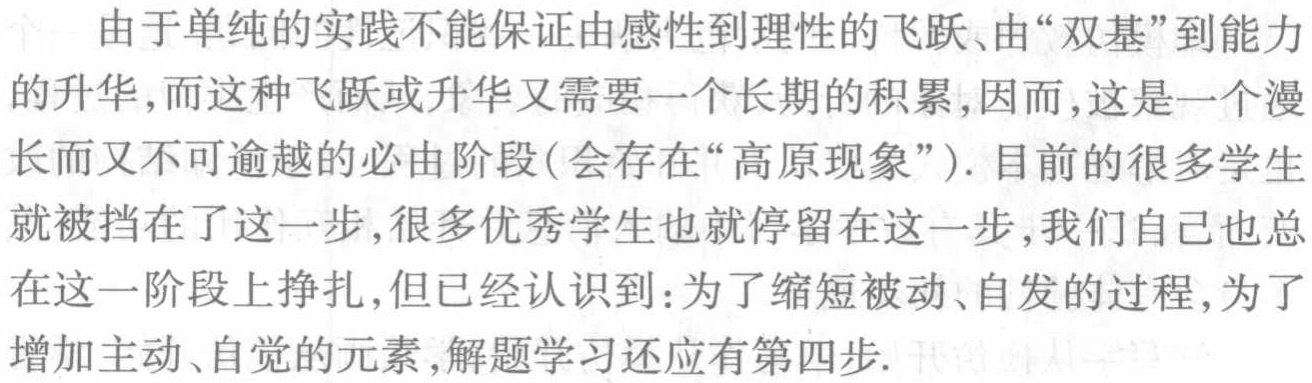
由于单纯的实践不能保证由感性到理性的飞跃、由“双基”到能力

的升华,而这种飞跃或升华又需要一个长期的积累,因而,这是一个漫

长而又不可逾越的必由阶段(会存在“高原现象”). 目前的很多学生

就被挡在了这一步,很多优秀学生也就停留在这一步,我们自己也总

在这一阶段上挣扎,但已经认识到:为了缩短被动、自发的过程,为了

增加主动、自觉的元素,解题学习还应有第四步.